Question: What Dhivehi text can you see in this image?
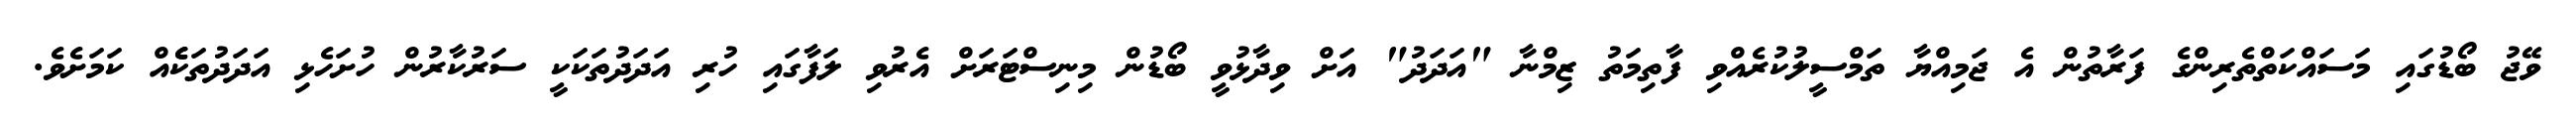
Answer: ވޭޖު ބޯޑުގައި މަސައްކަތްތެރިންގެ ފަރާތުން އެ ޖަމިއްޔާ ތަމްސީލުކުރެއްވި ފާތިމަތު ޒިމްނާ "އަދަދު" އަށް ވިދާޅުވީ ބޯޑުން މިނިސްޓަރަށް އެރުވި ލަފާގައި ހުރި އަދަދުތަކަކީ ސަރުކާރުން ހުށަހެޅި އަދަދުތަކެެއް ކަމަށެވެ.